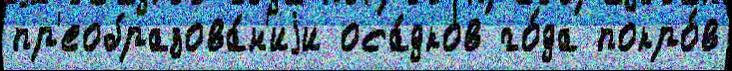
пр'еобразова́н'иjи оса́дков го́да покро́в